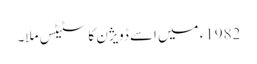
1982ء میں اِسے ڈویژن کا سٹیٹس ملا۔